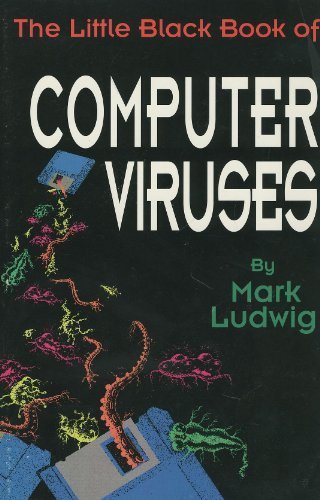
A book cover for The Little Black Book of Computer Viruses: The Basic Technology; Mark A. Ludwig; Computers & Technology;